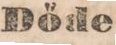
Döde